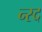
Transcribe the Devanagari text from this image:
न्स्द